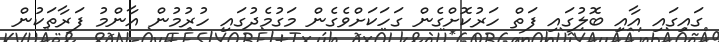
ގައިގައި އާއި ބޮލުގައި ފަތް ހަރުކޮށްގެން ގަހަކަށްވެގެން މަގުމެދުގައި ހުރުމުން އާންމު ފަރާތަކުން